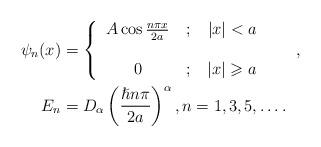
LaTeX: \begin{align*}\psi_{n}(x) & =\left\{\begin{tabular}[c]{ccc}$A\cos\frac{n\pi x}{2a}$ & $;$ & $\left\vert x\right\vert <a$\\& & \\$0$ & $;$ & $\left\vert x\right\vert \geqslant a$\end{tabular}\ \ \ \ \ \right. ,\\E_{n} & =D_{\alpha}\left( \frac{\hslash n\pi}{2a}\right) ^{\alpha},n=1,3,5,\ldots.\end{align*}